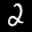
Label: 2